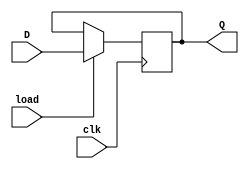
module dff (
    input wire D,       // input D
    input wire clk,     // clock signal
    input wire load,    // load signal
    output reg Q        // output Q
);

    always @(posedge clk) begin
        if (load) begin
            Q <= D;
        end
    end

endmodule